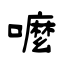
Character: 嚒